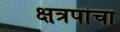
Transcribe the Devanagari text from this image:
क्षत्रपांचा